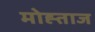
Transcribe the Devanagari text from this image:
मोह्ताज